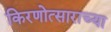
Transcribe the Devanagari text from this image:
किरणोत्साराच्या